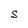
Character: S